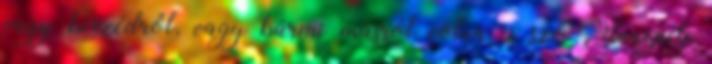
vagy beszédről, vagy bármi másról volna is szó. Ünnepelj